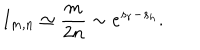
LaTeX: I _ { m , n } \simeq \frac { m } { 2 n } \sim e ^ { s _ { r } - s _ { h } } .